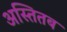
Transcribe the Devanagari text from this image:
अस्तितब